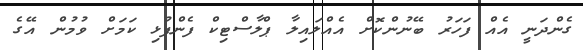
ގެންދަނީ އެއް ފަހަރު ބޭނުންކޮށް އެއްލައިލާ ޕްލާސްޓިކް ފެންފުޅި ކަމަށް ވުމުން އޭގެ